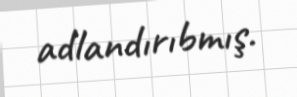
adlandırıbmış.